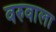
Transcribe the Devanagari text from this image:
वरुवाला